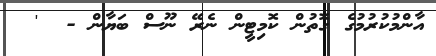
އާންމުކުރުމުގެ ގޮތުން ކޮމިޓީން ނެރޭ ނޫސް ބަޔާން -  '